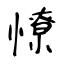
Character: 憭